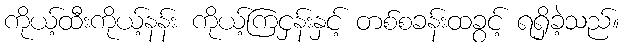
ကိုယ့်ထီးကိုယ့်နန်း ကိုယ့်ကြငှန်းနှင့် တစ်စခန်းထခွင့် ရရှိခဲ့သည်။